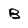
Character: B